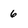
Character: 6